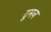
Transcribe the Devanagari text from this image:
टूमन